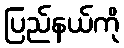
ပြည်နယ်ကို